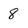
Character: 8